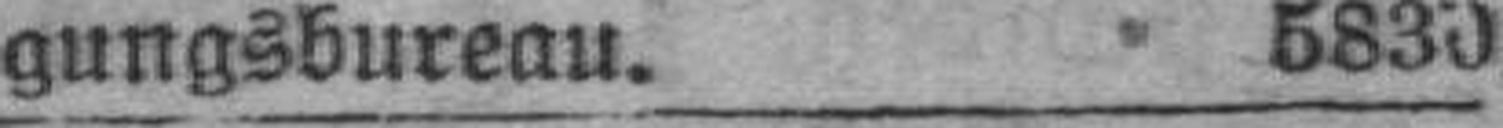
gungsbureau. 5830